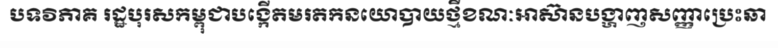
បទវិភាគ រដ្ឋបុរសកម្ពុជាបង្កើតមរតកនយោបាយថ្មីខណៈអាស៊ានបង្ហាញសញ្ញាប្រេះឆា